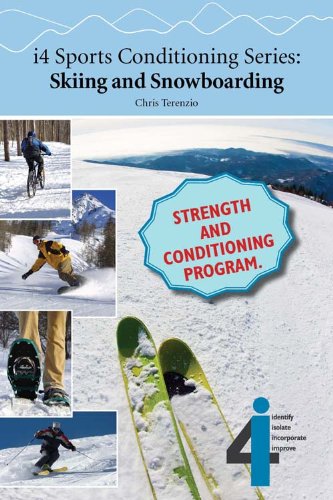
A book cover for i4 Sports Conditioning Series: Skiing and Snowboarding; Chris Terenzio; Sports & Outdoors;